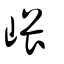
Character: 㟪